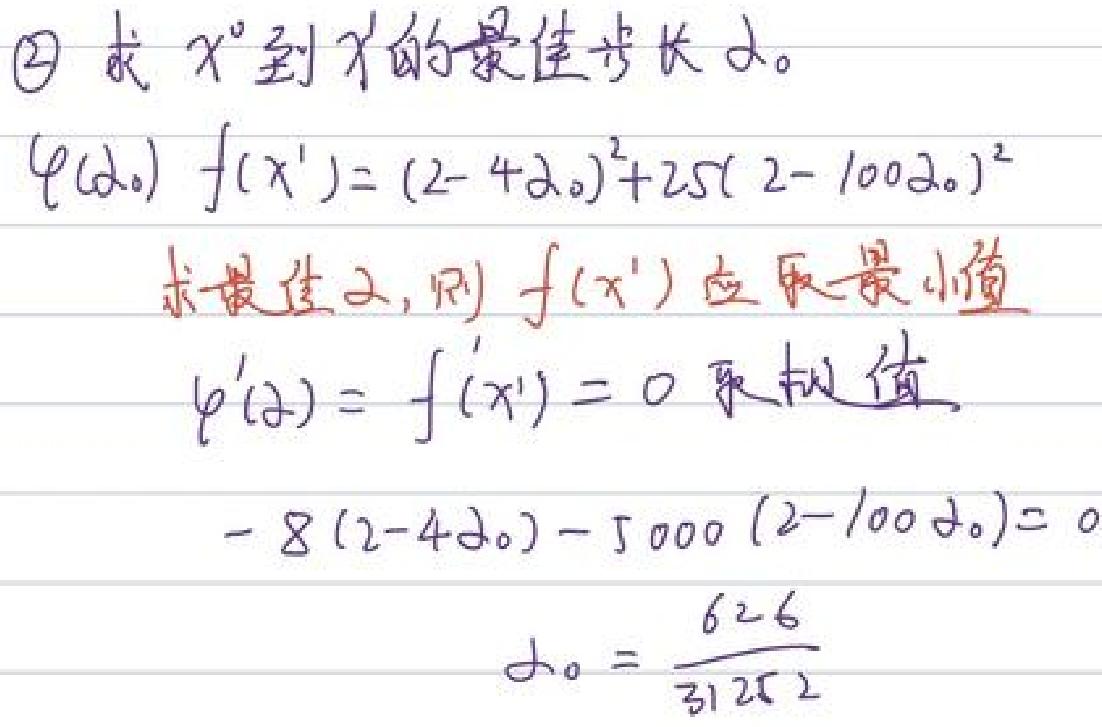
$\textcircled{2}$求$x^{0}$到$x^{1}$的最佳步长$\alpha$。
$\varphi(\alpha) \ f(x^{1})=(2 - 4\alpha)^{2}+25(2 - 100\alpha)^{2}$
求最佳$\alpha$，则$f(x^{1})$应取最小值
$\varphi'(\alpha)=f'(x^{1}) = 0$求极值
$-8(2 - 4\alpha)-5000(2 - 100\alpha)=0$
$\alpha_{0}=\frac{626}{31252}$